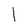
Character: 1